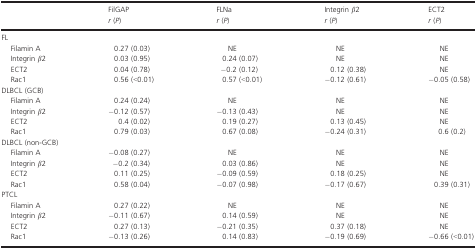
<table><thead><tr><td></td><td><b>FilGAP <i>r</i> (<i>P</i>)</b></td><td><b>FLNa <i>r</i> (<i>P</i>)</b></td><td><b>Integrin <i>β</i>2 <i>r</i> (<i>P</i>)</b></td><td><b>ECT2 <i>r</i> (<i>P</i>)</b></td></tr></thead><tbody><tr><td colspan="5">FL</td></tr><tr><td> Filamin A</td><td>0.27 (0.03)</td><td>NE</td><td>NE</td><td>NE</td></tr><tr><td> Integrin <i>β</i>2</td><td>0.03 (0.95)</td><td>0.24 (0.07)</td><td>NE</td><td>NE</td></tr><tr><td> ECT2</td><td>0.04 (0.78)</td><td>−0.2 (0.12)</td><td>0.12 (0.38)</td><td>NE</td></tr><tr><td> Rac1</td><td>0.56 (&lt;0.01)</td><td>0.57 (&lt;0.01)</td><td>−0.12 (0.61)</td><td>−0.05 (0.58)</td></tr><tr><td colspan="5">DLBCL (GCB)</td></tr><tr><td> Filamin A</td><td>0.24 (0.24)</td><td>NE</td><td>NE</td><td>NE</td></tr><tr><td> Integrin <i>β</i>2</td><td>−0.12 (0.57)</td><td>−0.13 (0.43)</td><td>NE</td><td>NE</td></tr><tr><td> ECT2</td><td>0.4 (0.02)</td><td>0.19 (0.27)</td><td>0.13 (0.45)</td><td>NE</td></tr><tr><td> Rac1</td><td>0.79 (0.03)</td><td>0.67 (0.08)</td><td>−0.24 (0.31)</td><td>0.6 (0.2)</td></tr><tr><td colspan="5">DLBCL (non-GCB)</td></tr><tr><td> Filamin A</td><td>−0.08 (0.27)</td><td>NE</td><td>NE</td><td>NE</td></tr><tr><td> Integrin <i>β</i>2</td><td>−0.2 (0.34)</td><td>0.03 (0.86)</td><td>NE</td><td>NE</td></tr><tr><td> ECT2</td><td>0.11 (0.25)</td><td>−0.09 (0.59)</td><td>0.18 (0.25)</td><td>NE</td></tr><tr><td> Rac1</td><td>0.58 (0.04)</td><td>−0.07 (0.98)</td><td>−0.17 (0.67)</td><td>0.39 (0.31)</td></tr><tr><td colspan="5">PTCL</td></tr><tr><td> Filamin A</td><td>0.27 (0.22)</td><td>NE</td><td>NE</td><td>NE</td></tr><tr><td> Integrin <i>β</i>2</td><td>−0.11 (0.67)</td><td>0.14 (0.59)</td><td>NE</td><td>NE</td></tr><tr><td> ECT2</td><td>0.27 (0.13)</td><td>−0.21 (0.35)</td><td>0.37 (0.18)</td><td>NE</td></tr><tr><td> Rac1</td><td>−0.13 (0.26)</td><td>0.14 (0.83)</td><td>−0.19 (0.69)</td><td>−0.66 (&lt;0.01)</td></tr></tbody></table>